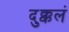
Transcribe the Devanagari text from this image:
दुक्कलं